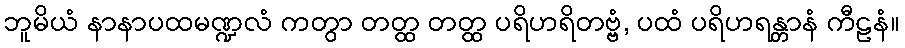
ဘူမိယံ နာနာပထမဏ္ဍလံ ကတွာ တတ္ထ တတ္ထ ပရိဟရိတဗ္ဗံ, ပထံ ပရိဟရန္တာနံ ကီဠနံ။